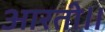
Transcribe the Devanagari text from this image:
आरती॥